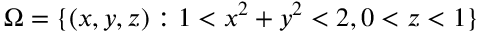
\Omega = \{ ( x , y , z ) : 1 < x ^ { 2 } + y ^ { 2 } < 2 , 0 < z < 1 \}